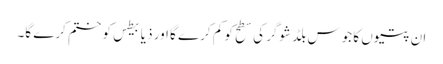
ان پتیوں کا جوس بلڈ شوگر کی سطح کو کم کرے گا اور ذیابیطس کو ختم کرے گا۔